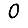
Digit: 0